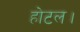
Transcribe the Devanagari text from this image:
होटल।